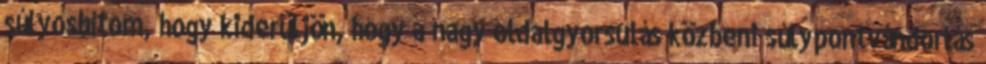
súlyosbítom, hogy kiderüljön, hogy a nagy oldalgyorsulás közbeni súlypontvándorlás